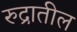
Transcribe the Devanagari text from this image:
रुद्रातील